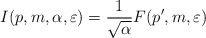
\begin{align*}I(p,m,\alpha ,\varepsilon )=\frac{1}{\sqrt{\alpha }}F(p',m,\varepsilon )\end{align*}